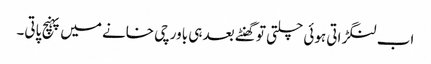
اب لنگڑاتی ہوئی چلتی تو گھنٹے بعد ہی باورچی خانے میں پہنچ پاتی۔